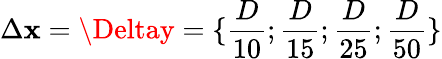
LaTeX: \Delta\mathbf{x}=\Deltay=\{ \frac{{D}}{{10}};\frac{{D}}{{15}};\frac{{D}}{{25}};\frac{{D}}{{50}}\}